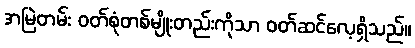
အမြဲတမ်း ဝတ်စုံတစ်မျိုးတည်းကိုသာ ဝတ်ဆင်လေ့ရှိသည်။